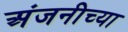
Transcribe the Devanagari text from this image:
अंजनीच्या